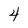
Character: 4